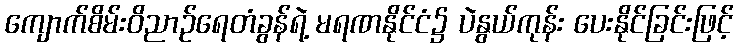
ကျောက်စိမ်းဝိညာဉ်ရေတံခွန်ရဲ့ မရဏနိုင်ငံ၌ ပဲနွယ်ကုန်း ပေးနိုင်ခြင်းဖြင့်